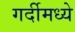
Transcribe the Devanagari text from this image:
गर्दीमध्ये